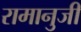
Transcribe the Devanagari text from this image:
रामानुजी